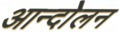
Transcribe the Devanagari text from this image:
आन्दोेलन